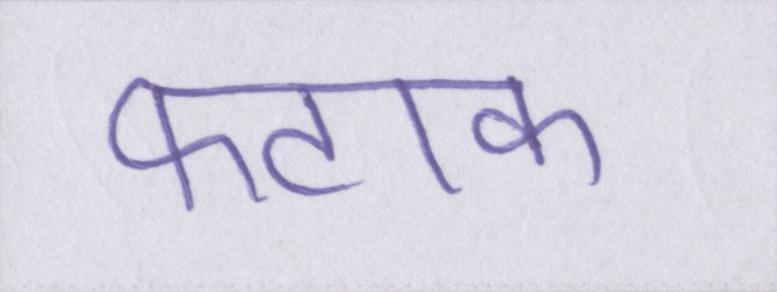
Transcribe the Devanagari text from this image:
फटाक